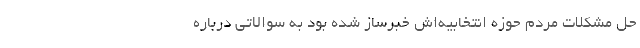
حل مشکلات مردم حوزه انتخابیه‌اش خبرساز شده بود به سوالاتی درباره